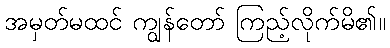
အမှတ်မထင် ကျွန်တော် ကြည့်လိုက်မိ၏။